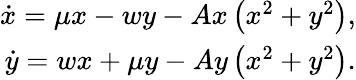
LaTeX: \begin{array}{r}{\dot{x}=\mu x-wy-Ax\left(x^{2}+y^{2}\right),}\\ {\dot{y}=wx+\mu y-Ay\left(x^{2}+y^{2}\right).}\end{array}